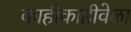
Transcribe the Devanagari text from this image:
काहीकाहीवेळा